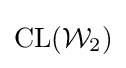
{\text{CL}}({\mathcal {W}}_{2})